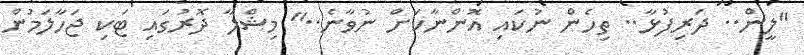
"ލީން.. ދަރިފުޅާ.. ތިހެން ނުކައި އޮންނާކަށް ނުވާނެ.." މިޝްލާ ދޮރުގައި ޓަކި ޖަހާލަމުން